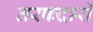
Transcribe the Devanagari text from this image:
तरफदारों